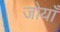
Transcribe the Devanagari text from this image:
जोयाँ